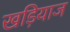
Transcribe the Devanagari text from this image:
खड़ियाज